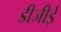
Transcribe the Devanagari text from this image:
डीजीई